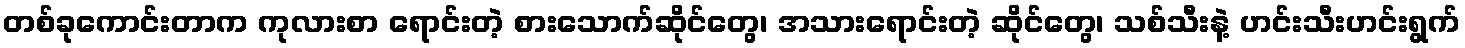
တစ်ခုကောင်းတာက ကုလားစာ ရောင်းတဲ့ စားသောက်ဆိုင်တွေ၊ အသားရောင်းတဲ့ ဆိုင်တွေ၊ သစ်သီးနဲ့ ဟင်းသီးဟင်းရွက်